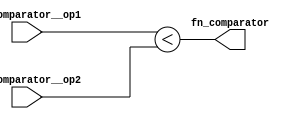
module module_fn_comparator(fn_comparator__op1,
			    fn_comparator__op2,
			    fn_comparator);
  // value method fn_comparator
  input  [63 : 0] fn_comparator__op1;
  input  [63 : 0] fn_comparator__op2;
  output fn_comparator;

  // signals for module outputs
  wire fn_comparator;

  // value method fn_comparator
  assign fn_comparator = fn_comparator__op1 < fn_comparator__op2 ;
endmodule